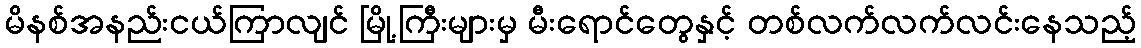
မိနစ်အနည်းငယ်ကြာလျင် မြို့ကြီးများမှ မီးရောင်တွေနှင့် တစ်လက်လက်လင်းနေသည့်